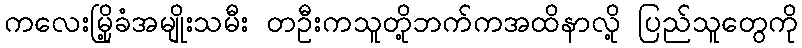
ကလေးမြို့ခံအမျိုးသမီး တဦးကသူတို့ဘက်ကအထိနာလို့ ပြည်သူတွေကို